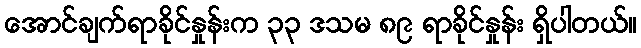
အောင်ချက်ရာခိုင်နှုန်းက ၃၃ ဒသမ ၈၉ ရာခိုင်နှုန်း ရှိပါတယ်။